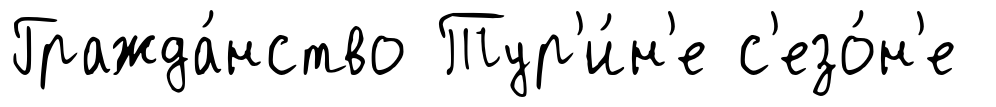
Гражда́нство Тур'и́н'е с'езо́н'е